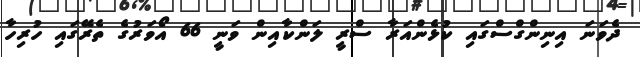
ދެވަނަ އިނިންގްސްގައި ކުޅެންއަރާ ސްރީ ލަންކާއިން ވަނީ 66 އޯވަރުގެ ތެރޭގައި ހުރިހާ